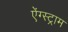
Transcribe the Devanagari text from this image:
ऐंग्स्ट्राम